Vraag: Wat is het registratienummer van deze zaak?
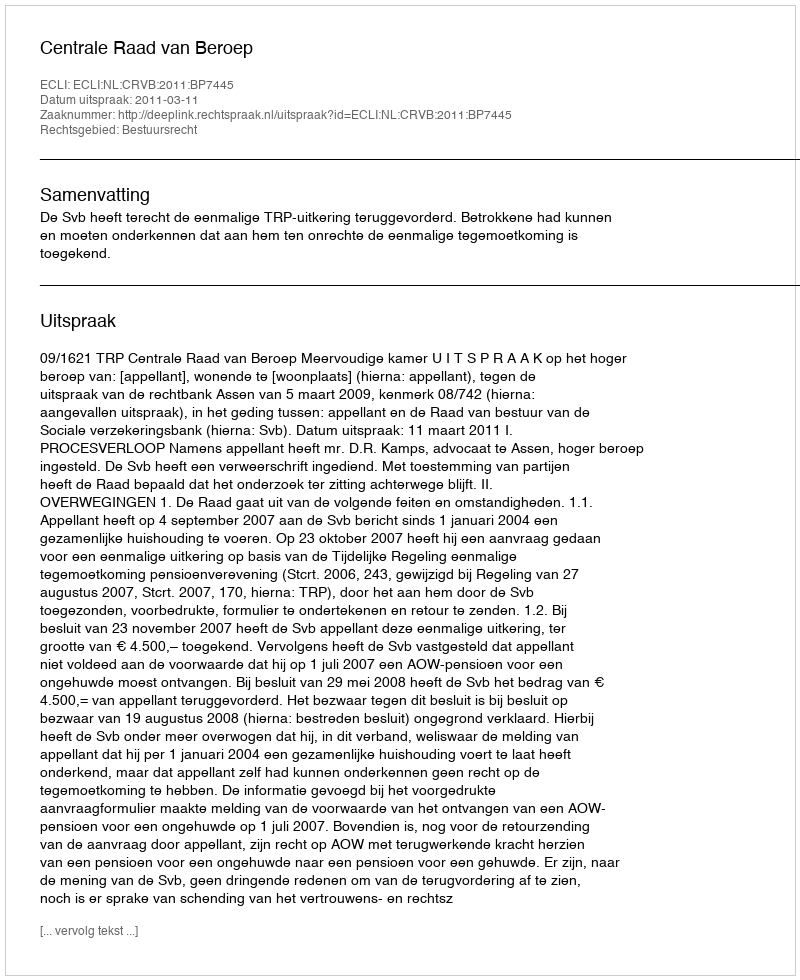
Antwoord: http://deeplink.rechtspraak.nl/uitspraak?id=ECLI:NL:CRVB:2011:BP7445